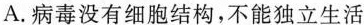
A.病毒没有细胞结构，不能独立生活